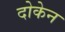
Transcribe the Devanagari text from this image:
दोकेन